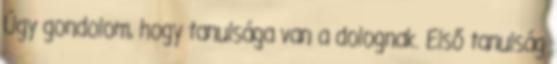
Úgy gondolom, hogy tanulsága van a dolognak. Első tanulság